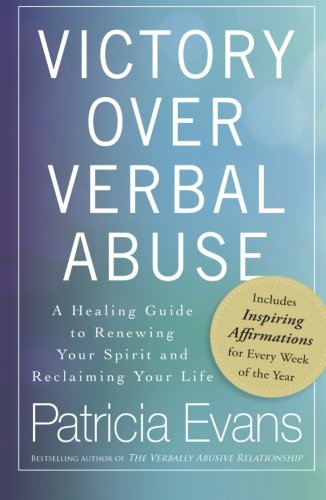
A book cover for Victory Over Verbal Abuse: A Healing Guide to Renewing Your Spirit and Reclaiming Your Life; Patricia Evans; Parenting & Relationships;